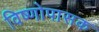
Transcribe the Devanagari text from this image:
विष्णोपासक